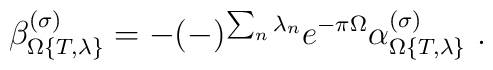
\beta_{\Omega\{T,\lambda\}}^{(\sigma)}=-(-)^{\sum_n\lambda_n}e^{-\pi\Omega}\alpha_{\Omega\{T,\lambda\}}^{(\sigma)}\ .